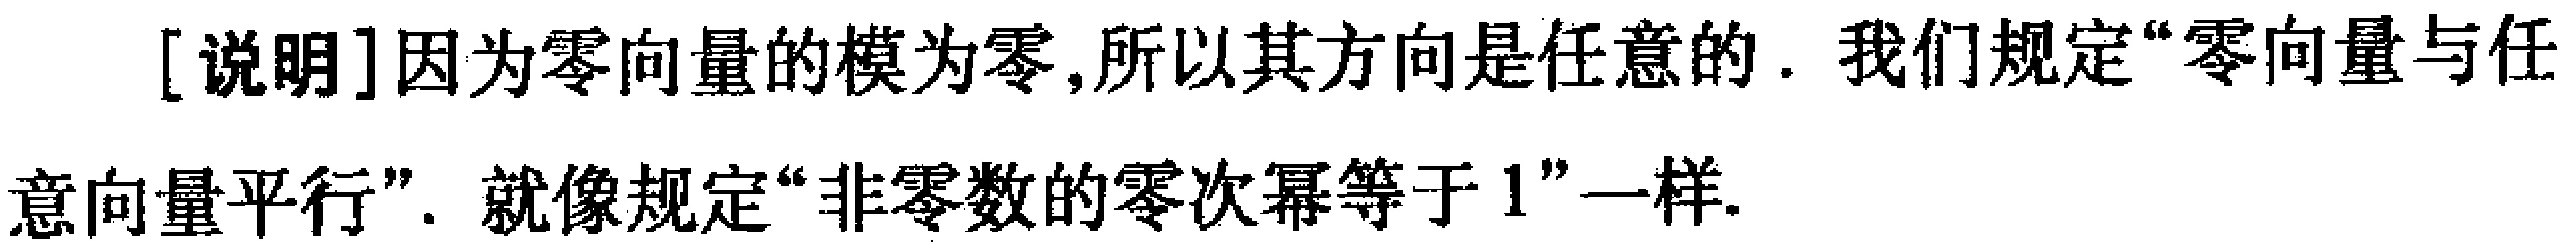
[说明]因为零向量的模为零,所以其方向是任意的. 我们规定“零向量与任意向量平行”. 就像规定“非零数的零次幂等于 1”一样.